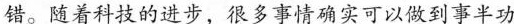
错。随着科技的进步，很多事情确实可以做到事半功